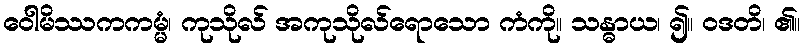
ဝေါမိဿကကမ္မံ၊ ကုသိုလ် အကုသိုလ်ရောသော ကံကို။ သန္ဓာယ၊ ၍။ ဝဒတိ၊ ၏။